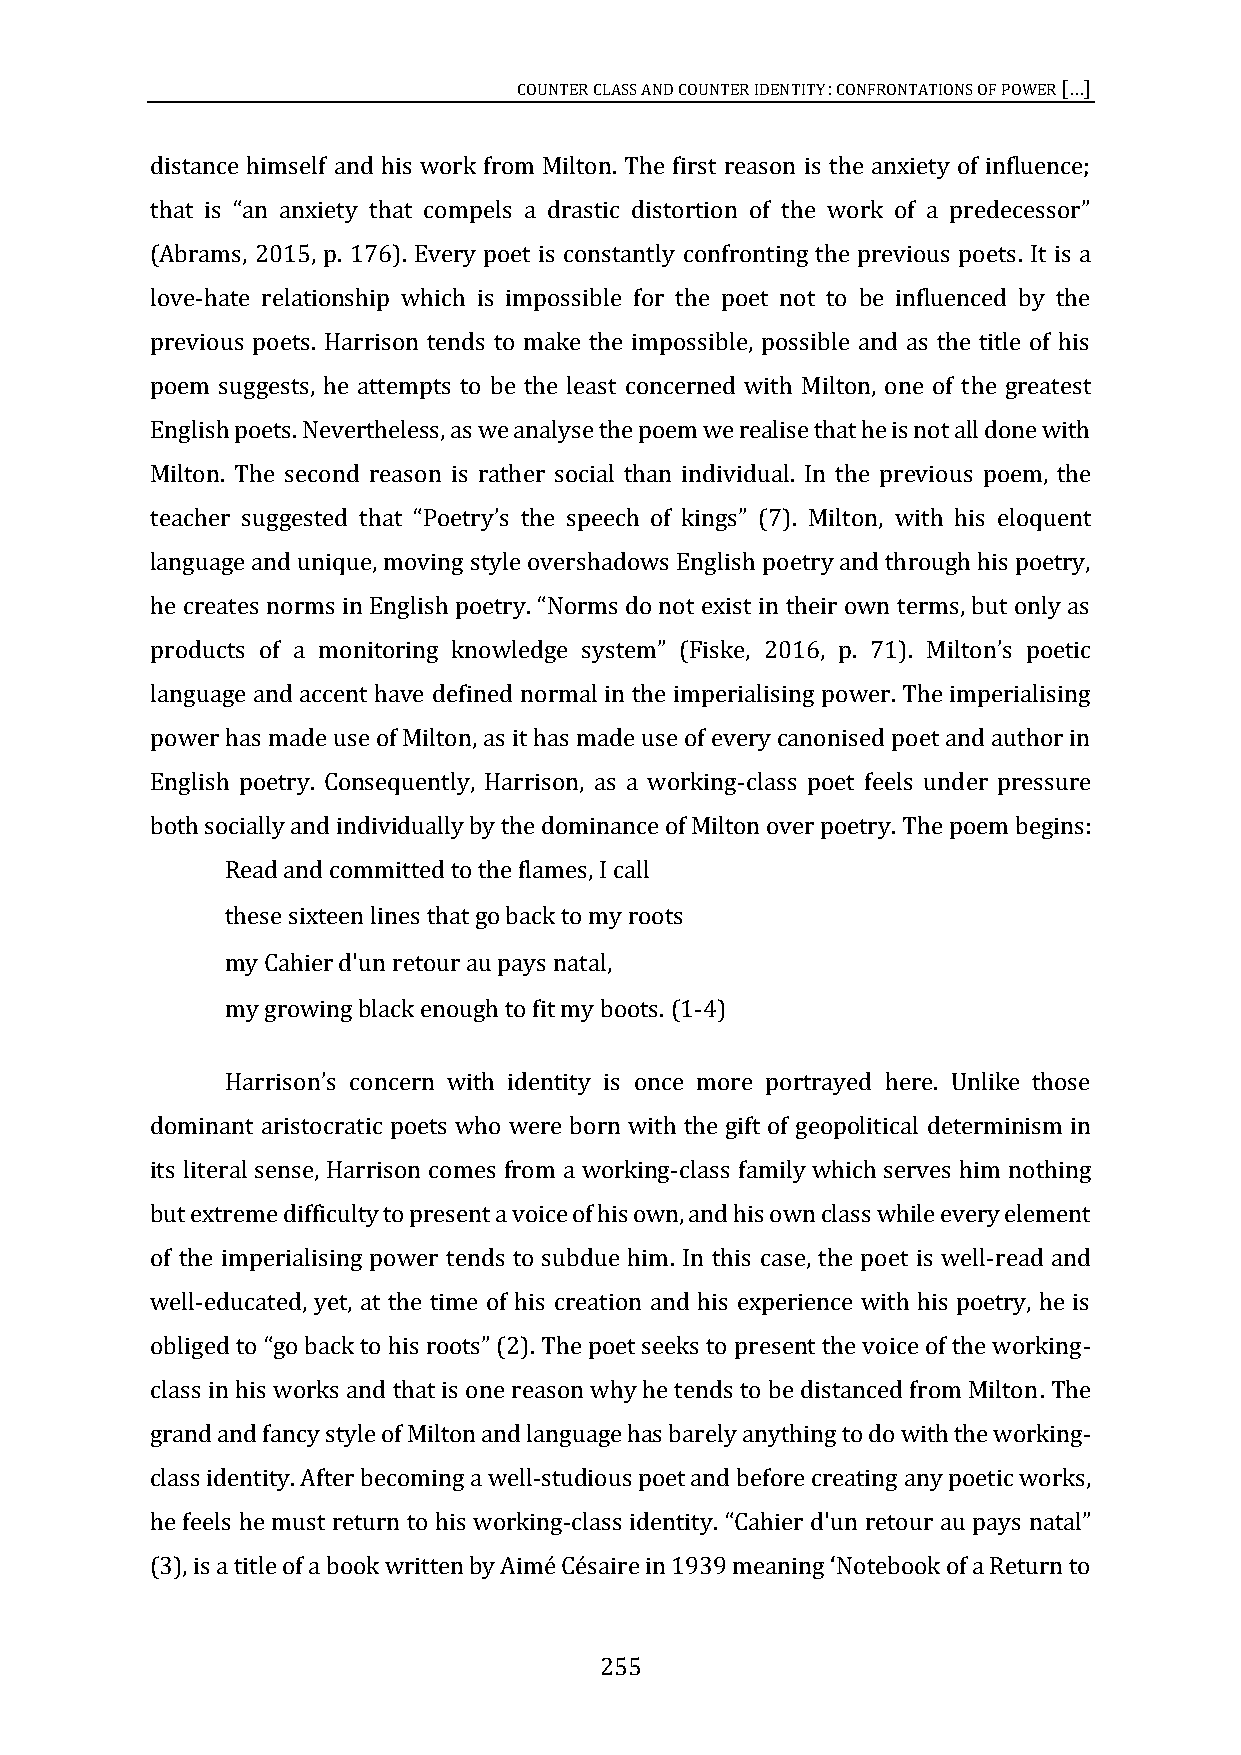
COUNTER CLASS AND COUNTER IDENTITY: CONFRONTATIONS OF POWER
 […]
 distance himself and his work from Milton. The first reason is the anxiety of influence;
 (Abrams, 2015, p. 176). Every poet is constantly confronting the previous poets. It is a
 that is “an anxiety that compels a drastic distortion of the work of a predecessor”
 love-hate relationship which is impossible for the poet not to be influenced by the
 previous poets. Harrison tends to make the impossible, possible and as the title of his
 poem suggests, he attempts to be the least concerned with Milton, one of the greatest
 English poets. Nevertheless, as we analyse the poem we realise that he is not all done with
 Milton. The second reason is rather social than individual. In the previous poem, the
 with his eloquent
 language and unique, moving style overshadows English poetry and through his poetry,
 teacher suggested that “Poetry’s the speech of kings” (7). Milton,
 2016, p. 71).
 he creates norms in English poetry. “Norms do not exist in their own terms, but only as
 language and accent have defined normal in the imperialising power. The imperialising
 products of a monitoring knowledge system” (Fiske, Milton’s poetic
 power has made use of Milton, as it has made use of every canonised poet and author in
 English poetry. Consequently, Harrison, as a working-class poet feels under pressure
 both socially and individually by the dominance of Milton over poetry. The poem begins:
 Read and committed to the flames, I call
 these sixteen lines that go back to my roots
 my Cahier d'un retour au pays natal,
 my growing black enough to fit my boots. (1-4)
 dominant aristocratic poets who were born with the gift of geopolitical determinism in
 Harrison’s concern with identity is once more portrayed here. Unlike those
 its literal sense, Harrison comes from a working-class family which serves him nothing
 but extreme difficulty to present a voice of his own, and his own class while every element
 of the imperialising power tends to subdue him. In this case, the poet is well-read and
 well-educated, yet, at the time of his creation and his experience with his poetry, he is
 -
 class in his works and that is one reason why he tends to be distanced from Milton. The
 obliged to “go back to his roots” (2). The poet seeks to present the voice of the working
 grand and fancy style of Milton and language has barely anything to do with the working-
 class identity. After becoming a well-studious poet and before creating any poetic works,
 he feels he must return to his working-class identity.
 “Cahier d'un retour au pays natal”
 (3), is a title of a book written by Aimé Césaire in 1939 meaning ‘Notebook of a Return to
 255